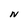
Character: N